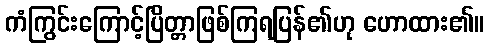
ကံကြွင်းကြောင့်ပြိတ္တာဖြစ်ကြရပြန်၏ဟု ဟောထား၏။